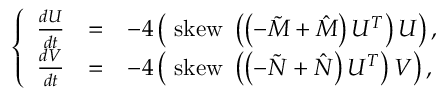
\left\{ \begin{array} { c c l } { \frac { d U } { d t } } & { = } & { - 4 \left( \mathrm { ~ s k e w ~ } \left( \left( - \tilde { M } + \hat { M } \right) U ^ { T } \right) U \right) , } \\ { \frac { d V } { d t } } & { = } & { - 4 \left( \mathrm { ~ s k e w ~ } \left( \left( - \tilde { N } + \hat { N } \right) U ^ { T } \right) V \right) , } \end{array} \right.